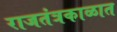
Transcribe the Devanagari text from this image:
राजतंत्रकाळात